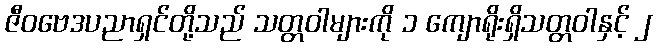
ဇီဝဗေဒပညာရှင်တို့သည် သတ္တဝါများကို ၁ ကျောရိုးရှိသတ္တဝါနှင့် ၂